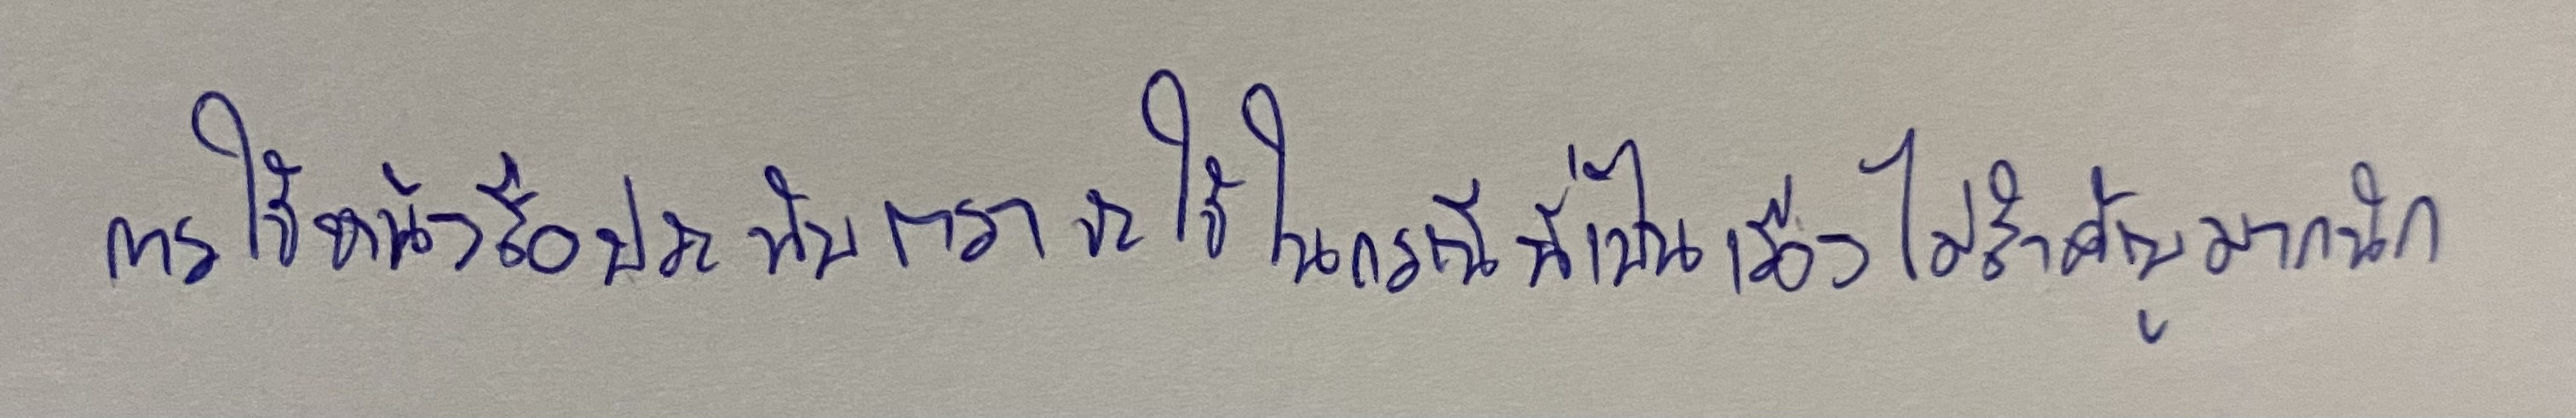
การใช้หนังสือประทับตราจะใช้ในกรณีที่เป็นเรื่องไม่สำคัญมากนัก